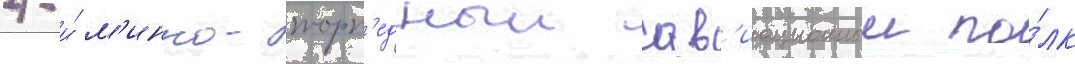
4-и́ м'инно-торп'едныи ав'иационныи по́лк